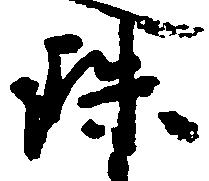
珠